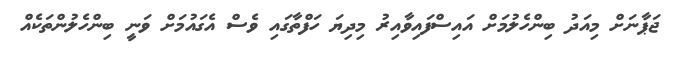
ޖަޕާނަށް މިއަދު ބިންހެލުމަށް އައިސްފައިވާއިރު މިދިޔަ ހަފްތާގައި ވެސް އެގައުމަށް ވަނީ ބިންހެލުންތަކެއް